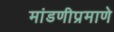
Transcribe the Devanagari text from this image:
मांडणीप्रमाणे